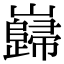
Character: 巋